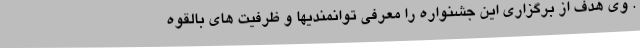
. وی هدف از برگزاری این جشنواره را معرفی توانمندیها و ظرفیت های بالقوه